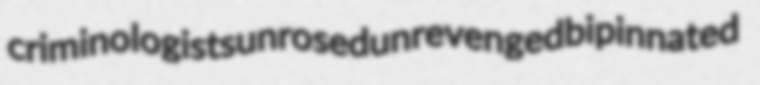
criminologists unrosed unrevenged bipinnated